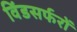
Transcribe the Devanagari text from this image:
विंडसर्फरों